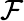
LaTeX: \mathcal{F}